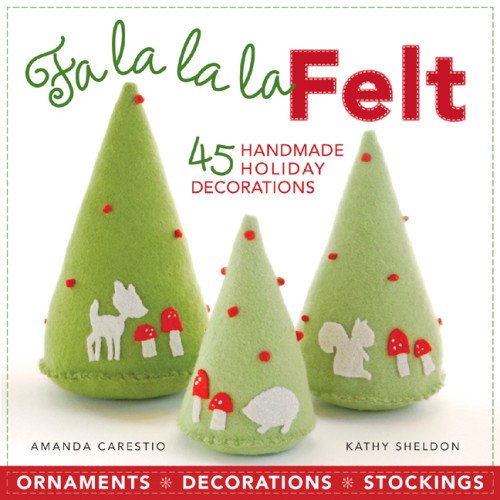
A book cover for Fa la la la Felt: 45 Handmade Holiday Decorations; Amanda Carestio; Crafts, Hobbies & Home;